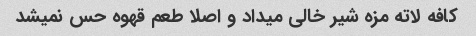
کافه لاته مزه شیر خالی میداد و اصلا طعم قهوه حس نمیشد